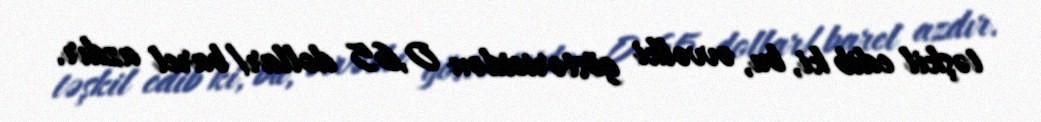
təşkil edib ki, bu, əvvəlki göstəricidən 0,65 dollar/barel azdır.